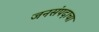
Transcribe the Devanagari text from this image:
जनसंपदाचा